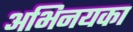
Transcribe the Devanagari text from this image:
अभिनयका